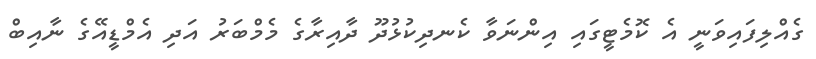
ގެއްލިފައިވަނީ އެ ކޮމެޓީގައި އިންނަވާ ކެނދިކުޅުދޫ ދާއިރާގެ މެމްބަރު އަދި އެމްޑީއޭގެ ނާއިބް